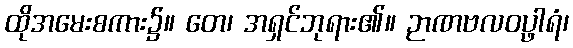
ထိုအမေးစကား၌။ တေ၊ အရှင်ဘုရား၏။ ဉာဏဗလဝပ္ဖါရံ၊